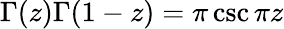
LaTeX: \Gamma(z)\Gamma(1-z)=\pi\csc\pi z